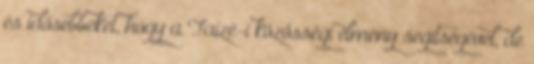
és idősebbeket, hogy a Taizé-i közösségi élmény segítségével, de